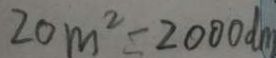
2 0 m ^ { 2 } = 2 0 0 0 d m